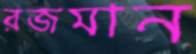
রজমান